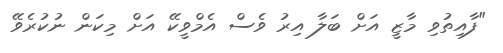
"ފާއިތުވި މާޒީ އަށް ބަލާ އިރު ވެސް އެމްވީކޭ އަށް މިކަން ނުކުރެވޭ